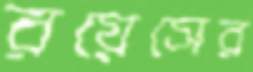
রয়েসের